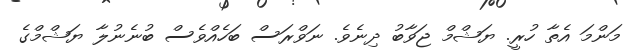
މަންމަ އެތާ ހުރީ. ޔަޝްމް ޖަވާބު ދިނެވެ. ނަވްރަސް ބަހެއްވެސް ބުނެނުލާ ޔަޝްމްގެ